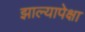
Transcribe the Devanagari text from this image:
झाल्यापेक्षा